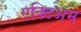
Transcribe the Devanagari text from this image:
एक्टिअम